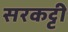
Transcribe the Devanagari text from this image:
सरकट्टी